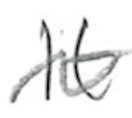
Text: It
Cross-out: wave
Writing tool: pencil